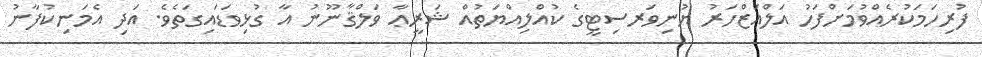
ފުރިހަމަކުރެއްވުމަށްފަހު އަލްއަޒްހަރު ޔުނިވަރސިޓީގެ ކުއްލިއްޔަތުއް ޝަރީޢާ ވަލްޤާނޫނު އާ ގުޅިވަޑައިގަތެވެ. އަދި އެމަނިކުފާނު